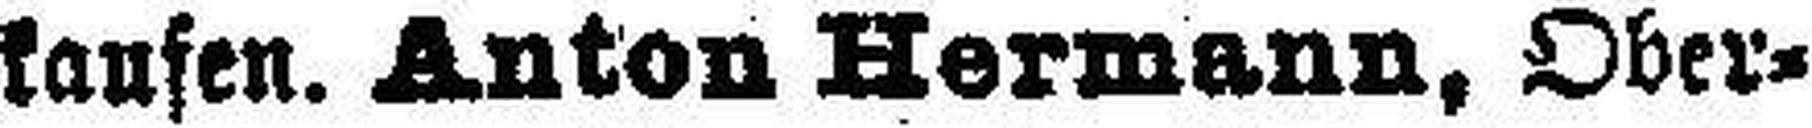
kansen. Anton Hermann, Ober¬